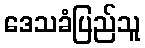
ဒေသခံပြည်သူ